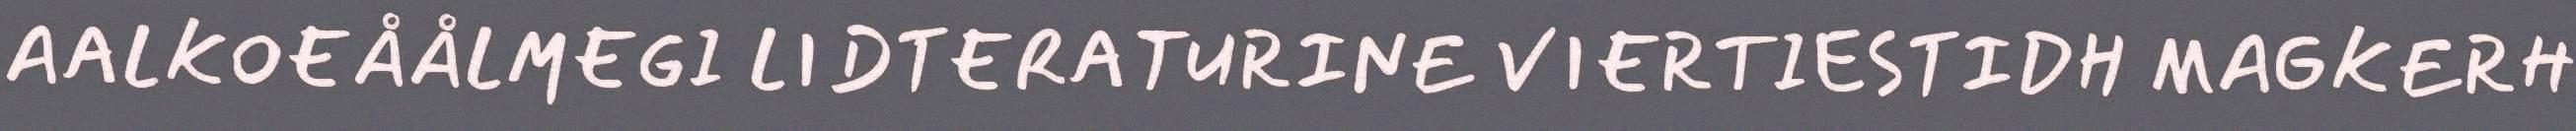
AALKOEÅÅLMEGI LIDTERATURINE VIERTIESTIDH MAGKERH